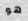
هو